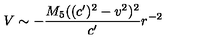
V \sim - \frac { M _ { 5 } ( ( c ^ { \prime } ) ^ { 2 } - v ^ { 2 } ) ^ { 2 } } { c ^ { \prime } } r ^ { - 2 }